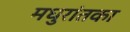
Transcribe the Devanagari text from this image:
मधुरांतका